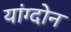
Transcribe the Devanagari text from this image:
यांग्दोन